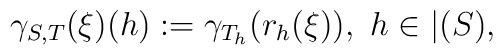
\gamma_{S,T}(\xi)(h) := \gamma_{T_h}(r_h(\xi)),\ h \in \vert(S),